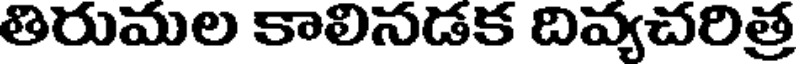
తిరుమల కాలినడక దివ్యచరిత్ర